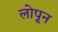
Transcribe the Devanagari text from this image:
लोपून